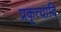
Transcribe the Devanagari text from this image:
प्रकृत्यादि